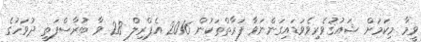
ވީމާ މިކަމަށް ޝައުޤުވެރިވެވަޑައިގަންނަވާ ފަރާތްތަކުން 2016 އެޕްރިލް 28 ވާ ބުރާސްފަތި ދުވަހުގެ